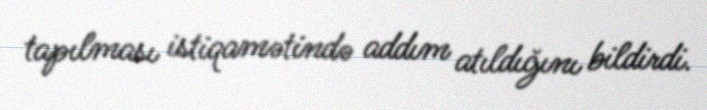
tapılması istiqamətində addım atıldığını bildirdi.